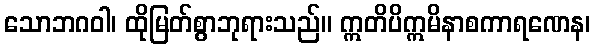
သောဘဂဝါ၊ ထိုမြတ်စွာဘုရားသည်။ ဣတိပိဣမိနာစကာရဏေန၊